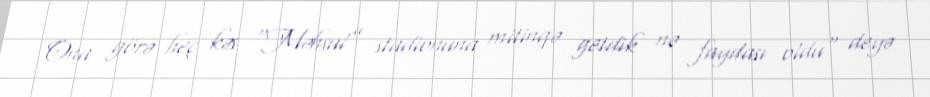
Ona görə heç kəs “Məhsul” stadionuna mitinqə getdik nə faydası oldu" deyə